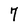
Character: 7